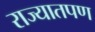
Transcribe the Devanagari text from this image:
राज्यातपण